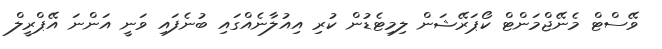
ވޭސްޓް މެނޭޖްމަންޓް ކޯޕަރޭޝަން ލިމިޓެޑުން ކުރި އިއުލާނެއްގައި ބުނެފައި ވަނީ އަންނަ އޭޕްރީލް